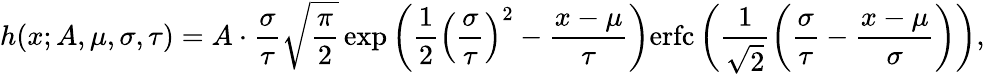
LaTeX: h(x;A,\mu,\sigma,\tau)=A\cdot\frac{\sigma}{\tau}\sqrt{\frac{\pi}{2}}\exp\left(\frac{1}{2}\left(\frac{\sigma}{\tau}\right)^{2}-\frac{x-\mu}{\tau}\right)\mathrm{erfc}\left(\frac{1}{\sqrt{2}}\left(\frac{\sigma}{\tau}-\frac{x-\mu}{\sigma}\right)\right),